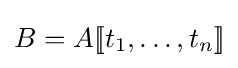
B=A[\![t_{1},\ldots ,t_{n}]\!]